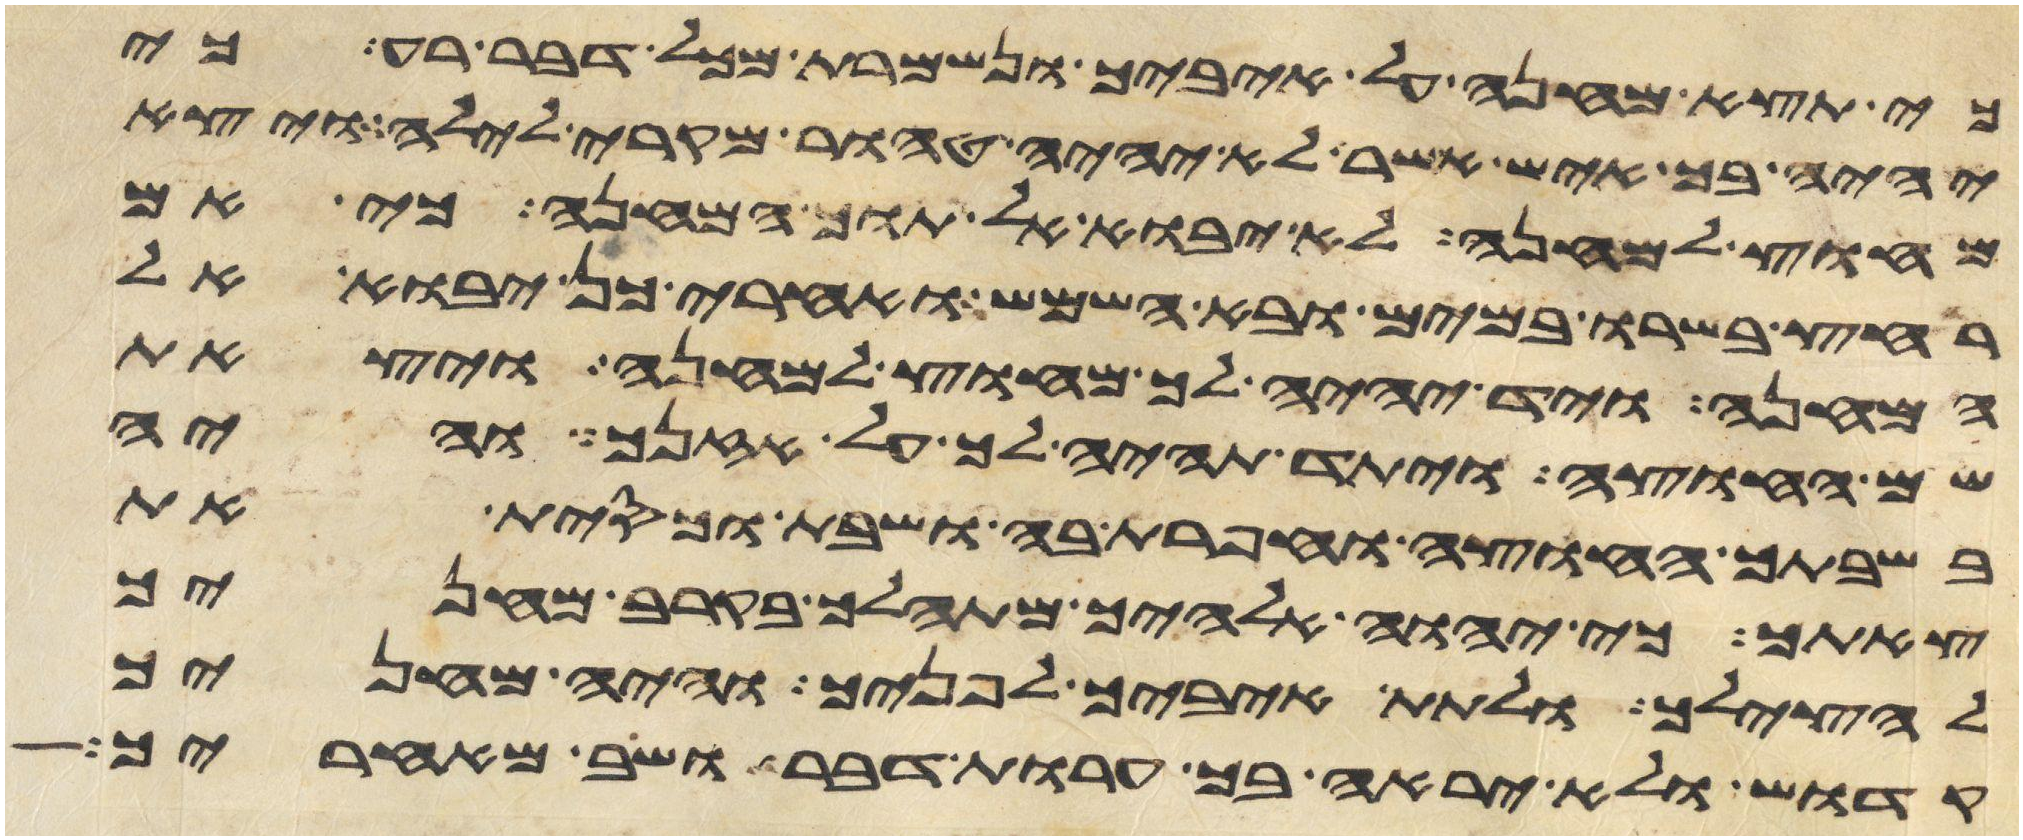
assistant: כי תצא מחנה על איביך ונשמרת מכל דבר רע כי
יהיה בך איש אשר לא יהיה טהור מקרי לילה ויצא
מחוץ למחנה לא יבוא אל תוך המחנה כי אם
רחץ בשרו במים ובא השמש ואחרי כן יבוא אל
המחנה ויד יהיה לך מחוץ למחנה ויצאת
שם החוצה ויתד תהיה לך על אזנך והיה
בשבתך החוצה וחפרת בה ושבת וכסית את
צאתך כי יהוה אלהיך מתהלך בקרב מחניך
להצילך ולתת איביך לפניך והיה מחניך
קדוש ולא יראה בך ערות דבר ושב מאחריך